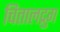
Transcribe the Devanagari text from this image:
चितालद्रुग